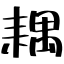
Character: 耦